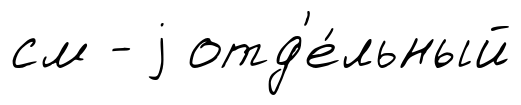
см - j отд'е́льный